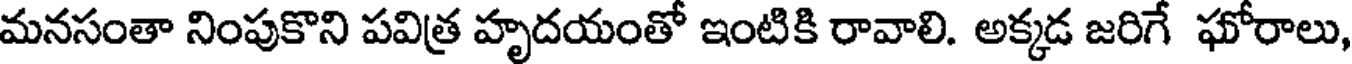
మనసంతా నింపుకొని పవిత్ర హృదయంతో ఇంటికి రావాలి. అక్కడ జరిగే ఘోరాలు,